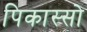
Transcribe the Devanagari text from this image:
पिकास्सो